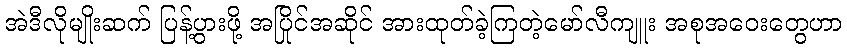
အဲဒီလိုမျိုးဆက် ပြန့်ပွားဖို့ အပြိုင်အဆိုင် အားထုတ်ခဲ့ကြတဲ့မော်လီကျူး အစုအဝေးတွေဟာ